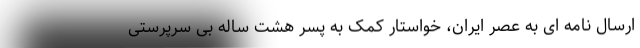
ارسال نامه ای به عصر ایران، خواستار کمک به پسر هشت ساله بی سرپرستی